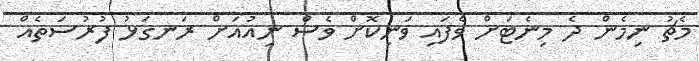
މެޗު ނިމެން ދެ މިނެޓަށް ވެފައި ވަނިކޮށް ވެސް ނިއުއަށް ރަނގަޅު ފުރުސަތެއް